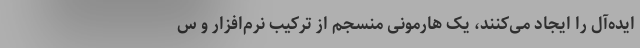
ایده‌آل را ایجاد می‌کنند، یک هارمونی منسجم از ترکیب نرم‌افزار و س